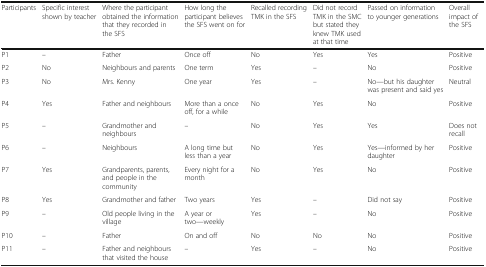
<table><thead><tr><td><b>Participants</b></td><td><b>Specific interest shown by teacher</b></td><td><b>Where the participant obtained the information that they recorded in the SFS</b></td><td><b>How long the participant believes the SFS went on for</b></td><td><b>Recalled recording TMK in the SFS</b></td><td><b>Did not record TMK in the SMC but stated they knew TMK used at that time</b></td><td><b>Passed on information to younger generations</b></td><td><b>Overall impact of the SFS</b></td></tr></thead><tbody><tr><td>P1</td><td>–</td><td>Father</td><td>Once off</td><td>No</td><td>Yes</td><td>Yes</td><td>Positive</td></tr><tr><td>P2</td><td>No</td><td>Neighbours and parents</td><td>One term</td><td>Yes</td><td>–</td><td>No</td><td>Positive</td></tr><tr><td>P3</td><td>No</td><td>Mrs. Kenny</td><td>One year</td><td>Yes</td><td>–</td><td>No—but his daughter was present and said yes</td><td>Neutral</td></tr><tr><td>P4</td><td>Yes</td><td>Father and neighbours</td><td>More than a once off, for a while</td><td>No</td><td>Yes</td><td>No</td><td>Positive</td></tr><tr><td>P5</td><td>–</td><td>Grandmother and neighbours</td><td>–</td><td>No</td><td>Yes</td><td>Yes</td><td>Does not recall</td></tr><tr><td>P6</td><td>–</td><td>Neighbours</td><td>A long time but less than a year</td><td>No</td><td>Yes</td><td>Yes—informed by her daughter</td><td>Positive</td></tr><tr><td>P7</td><td>Yes</td><td>Grandparents, parents, and people in the community</td><td>Every night for a month</td><td>No</td><td>Yes</td><td>No</td><td>Positive</td></tr><tr><td>P8</td><td>Yes</td><td>Grandmother and father</td><td>Two years</td><td>Yes</td><td>–</td><td>Did not say</td><td>Positive</td></tr><tr><td>P9</td><td>–</td><td>Old people living in the village</td><td>A year or two—weekly</td><td>Yes</td><td>–</td><td>No</td><td>Positive</td></tr><tr><td>P10</td><td>–</td><td>Father</td><td>On and off</td><td>No</td><td>No</td><td>No</td><td>Positive</td></tr><tr><td>P11</td><td>–</td><td>Father and neighbours that visited the house</td><td>–</td><td>Yes</td><td>–</td><td>No</td><td>Positive</td></tr></tbody></table>